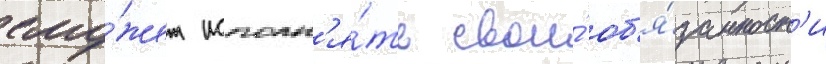
смо́жет исполн'я́ть свои́ об'я́занност'и